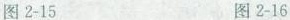
图2-15 图2-16